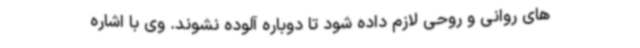
های روانی و روحی لازم داده شود تا دوباره آلوده نشوند. وی با اشاره